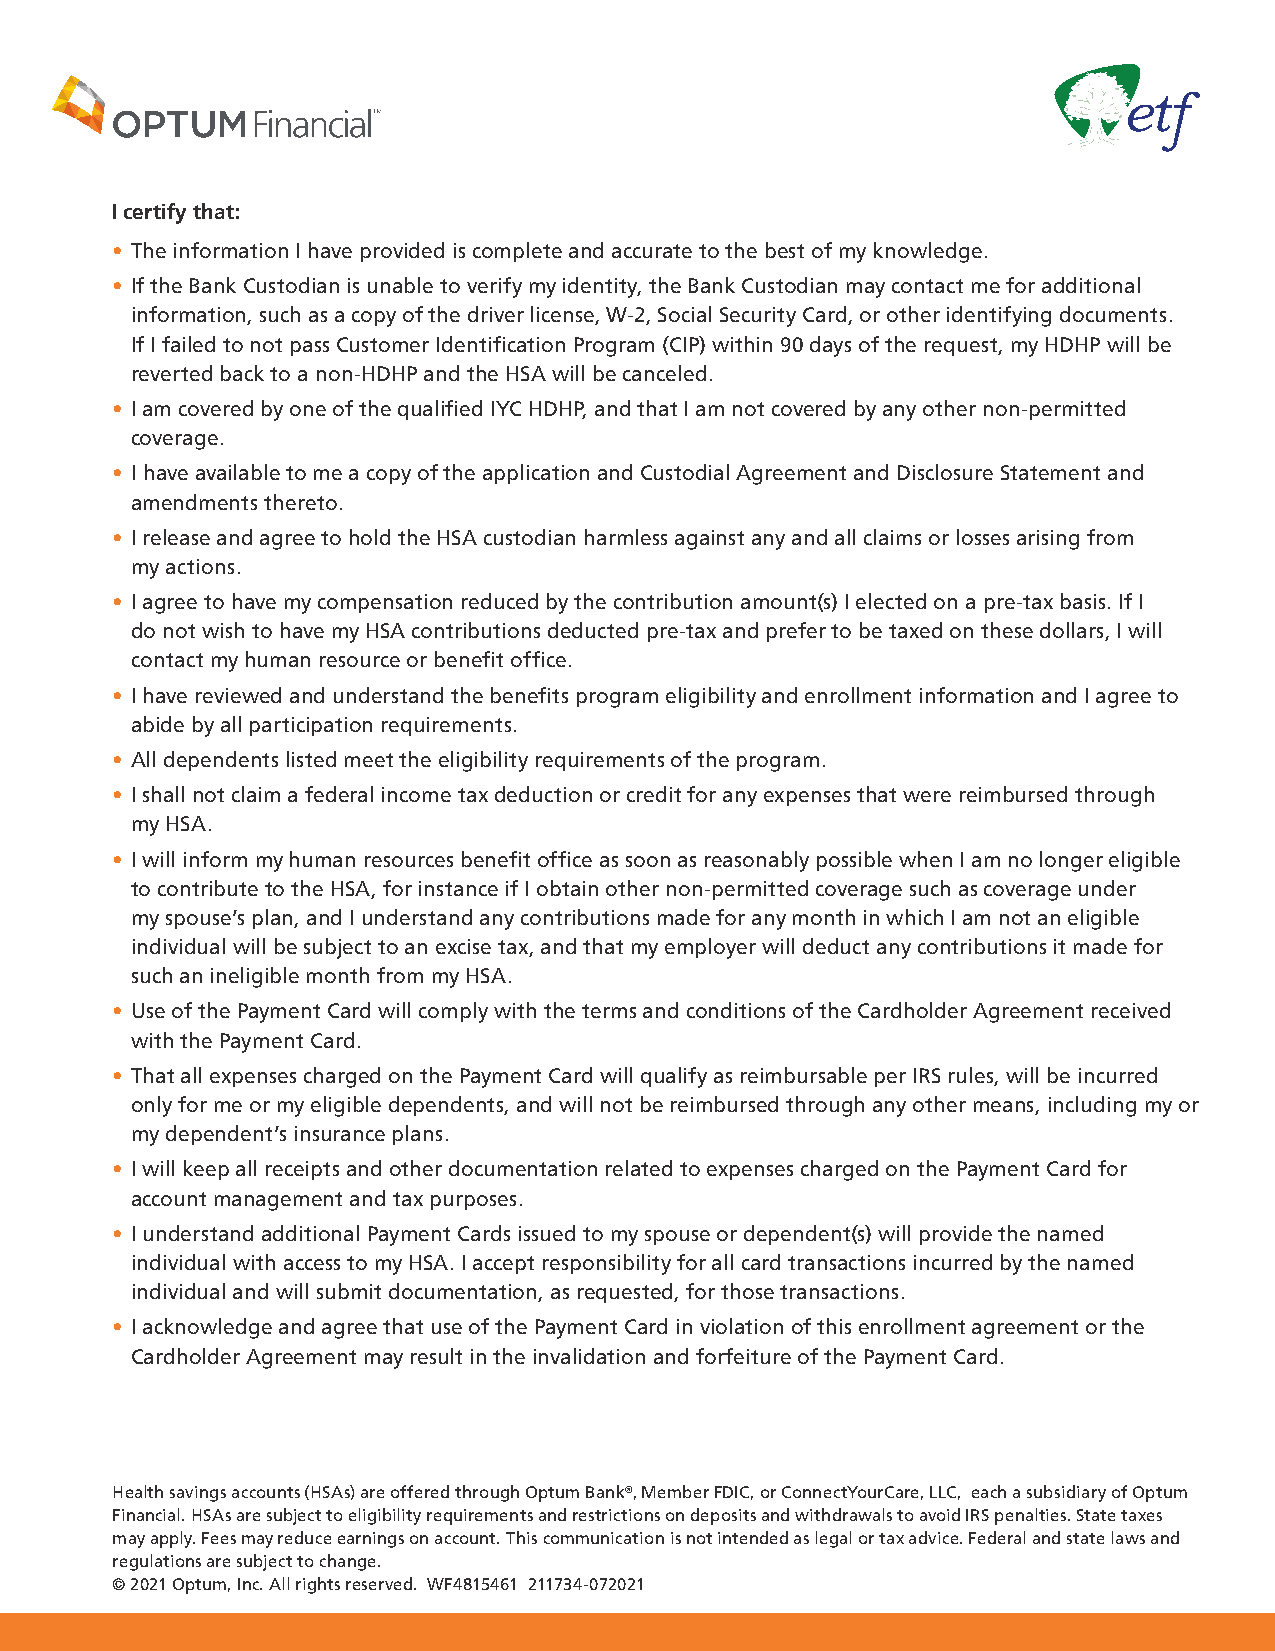
I certify that:
 • The information I have provided is complete and accurate to the best of my knowledge.
 • If the Bank Custodian is unable to verify my identity, the Bank Custodian may contact me for additional
 information, such as a copy of the driver license, W-2, Social Security Card, or other identifying documents.
 If I failed to not pass Customer Identification Program (CIP) within 90 days of the request, my HDHP will be
 reverted back to a non-HDHP and the HSA will be canceled.
 • I am covered by one of the qualified IYC HDHP, and that I am not covered by any other non-permitted
 coverage.
 • I have available to me a copy of the application and Custodial Agreement and Disclosure Statement and
 amendments thereto.
 • I release and agree to hold the HSA custodian harmless against any and all claims or losses arising from
 my actions.
 • I agree to have my compensation reduced by the contribution amount(s) I elected on a pre-tax basis. If I
 do not wish to have my HSA contributions deducted pre-tax and prefer to be taxed on these dollars, I will
 contact my human resource or benefit office.
 • I have reviewed and understand the benefits program eligibility and enrollment information and I agree to
 abide by all participation requirements.
 • All dependents listed meet the eligibility requirements of the program.
 • I shall not claim a federal income tax deduction or credit for any expenses that were reimbursed through
 my HSA.
 • I will inform my human resources benefit office as soon as reasonably possible when I am no longer eligible
 to contribute to the HSA, for instance if I obtain other non-permitted coverage such as coverage under
 my spouse’s plan, and I understand any contributions made for any month in which I am not an eligible
 individual will be subject to an excise tax, and that my employer will deduct any contributions it made for
 such an ineligible month from my HSA.
 • Use of the Payment Card will comply with the terms and conditions of the Cardholder Agreement received
 with the Payment Card.
 • That all expenses charged on the Payment Card will qualify as reimbursable per IRS rules, will be incurred
 only for me or my eligible dependents, and will not be reimbursed through any other means, including my or
 my dependent’s insurance plans.
 • I will keep all receipts and other documentation related to expenses charged on the Payment Card for
 account management and tax purposes.
 • I understand additional Payment Cards issued to my spouse or dependent(s) will provide the named
 individual with access to my HSA. I accept responsibility for all card transactions incurred by the named
 individual and will submit documentation, as requested, for those transactions.
 • I acknowledge and agree that use of the Payment Card in violation of this enrollment agreement or the
 Cardholder Agreement may result in the invalidation and forfeiture of the Payment Card.
 Health savings accounts (HSAs) are offered through Optum Bank®, Member FDIC, or ConnectYourCare, LLC, each a subsidiary of Optum
 Financial. HSAs are subject to eligibility requirements and restrictions on deposits and withdrawals to avoid IRS penalties. State taxes
 may apply. Fees may reduce earnings on account. This communication is not intended as legal or tax advice. Federal and state laws and
 regulations are subject to change.
 © 2021 Optum, Inc. All rights reserved. WF4815461 211734-072021